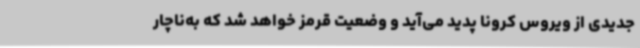
جدیدی از ویروس کرونا پدید می‌آید و وضعیت قرمز خواهد شد که به‌ناچار